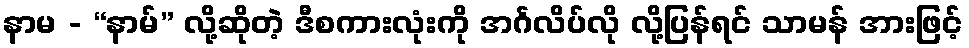
နာမ - “နာမ်” လို့ဆိုတဲ့ ဒီစကားလုံးကို အင်္ဂလိပ်လို လို့ပြန်ရင် သာမန် အားဖြင့်